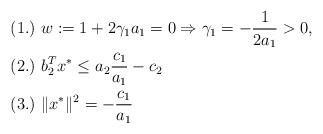
LaTeX: \begin{align*} &(1.)\ w:=1+2\gamma_1 a_1=0\Rightarrow \gamma_1=-\frac{1}{2a_1}>0,\ \ \\ &(2.)\ b_2^Tx^*\le a_{2}\frac{c_{1}}{a_{1}} -c_{2}\ \\ &(3.)\ \|x^{*}\|^{2}=-\frac{c_{1}}{a_{1}}\ \end{align*}